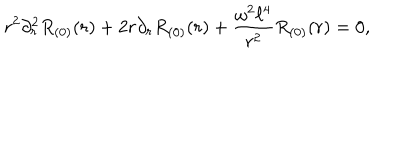
r ^ { 2 } \partial _ { r } ^ { 2 } R _ { ( 0 ) } ( r ) + 2 r \partial _ { r } R _ { ( 0 ) } ( r ) + \frac { \omega ^ { 2 } \ell ^ { 4 } } { r ^ { 2 } } R _ { ( 0 ) } ( r ) = 0 ,